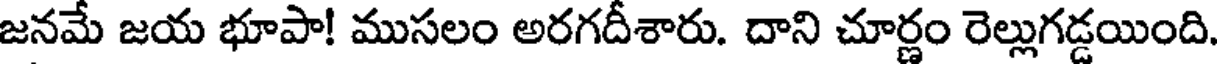
జనమే జయ భూపా! ముసలం అరగదీశారు. దాని చూర్ణం రెల్లుగడ్డయింది